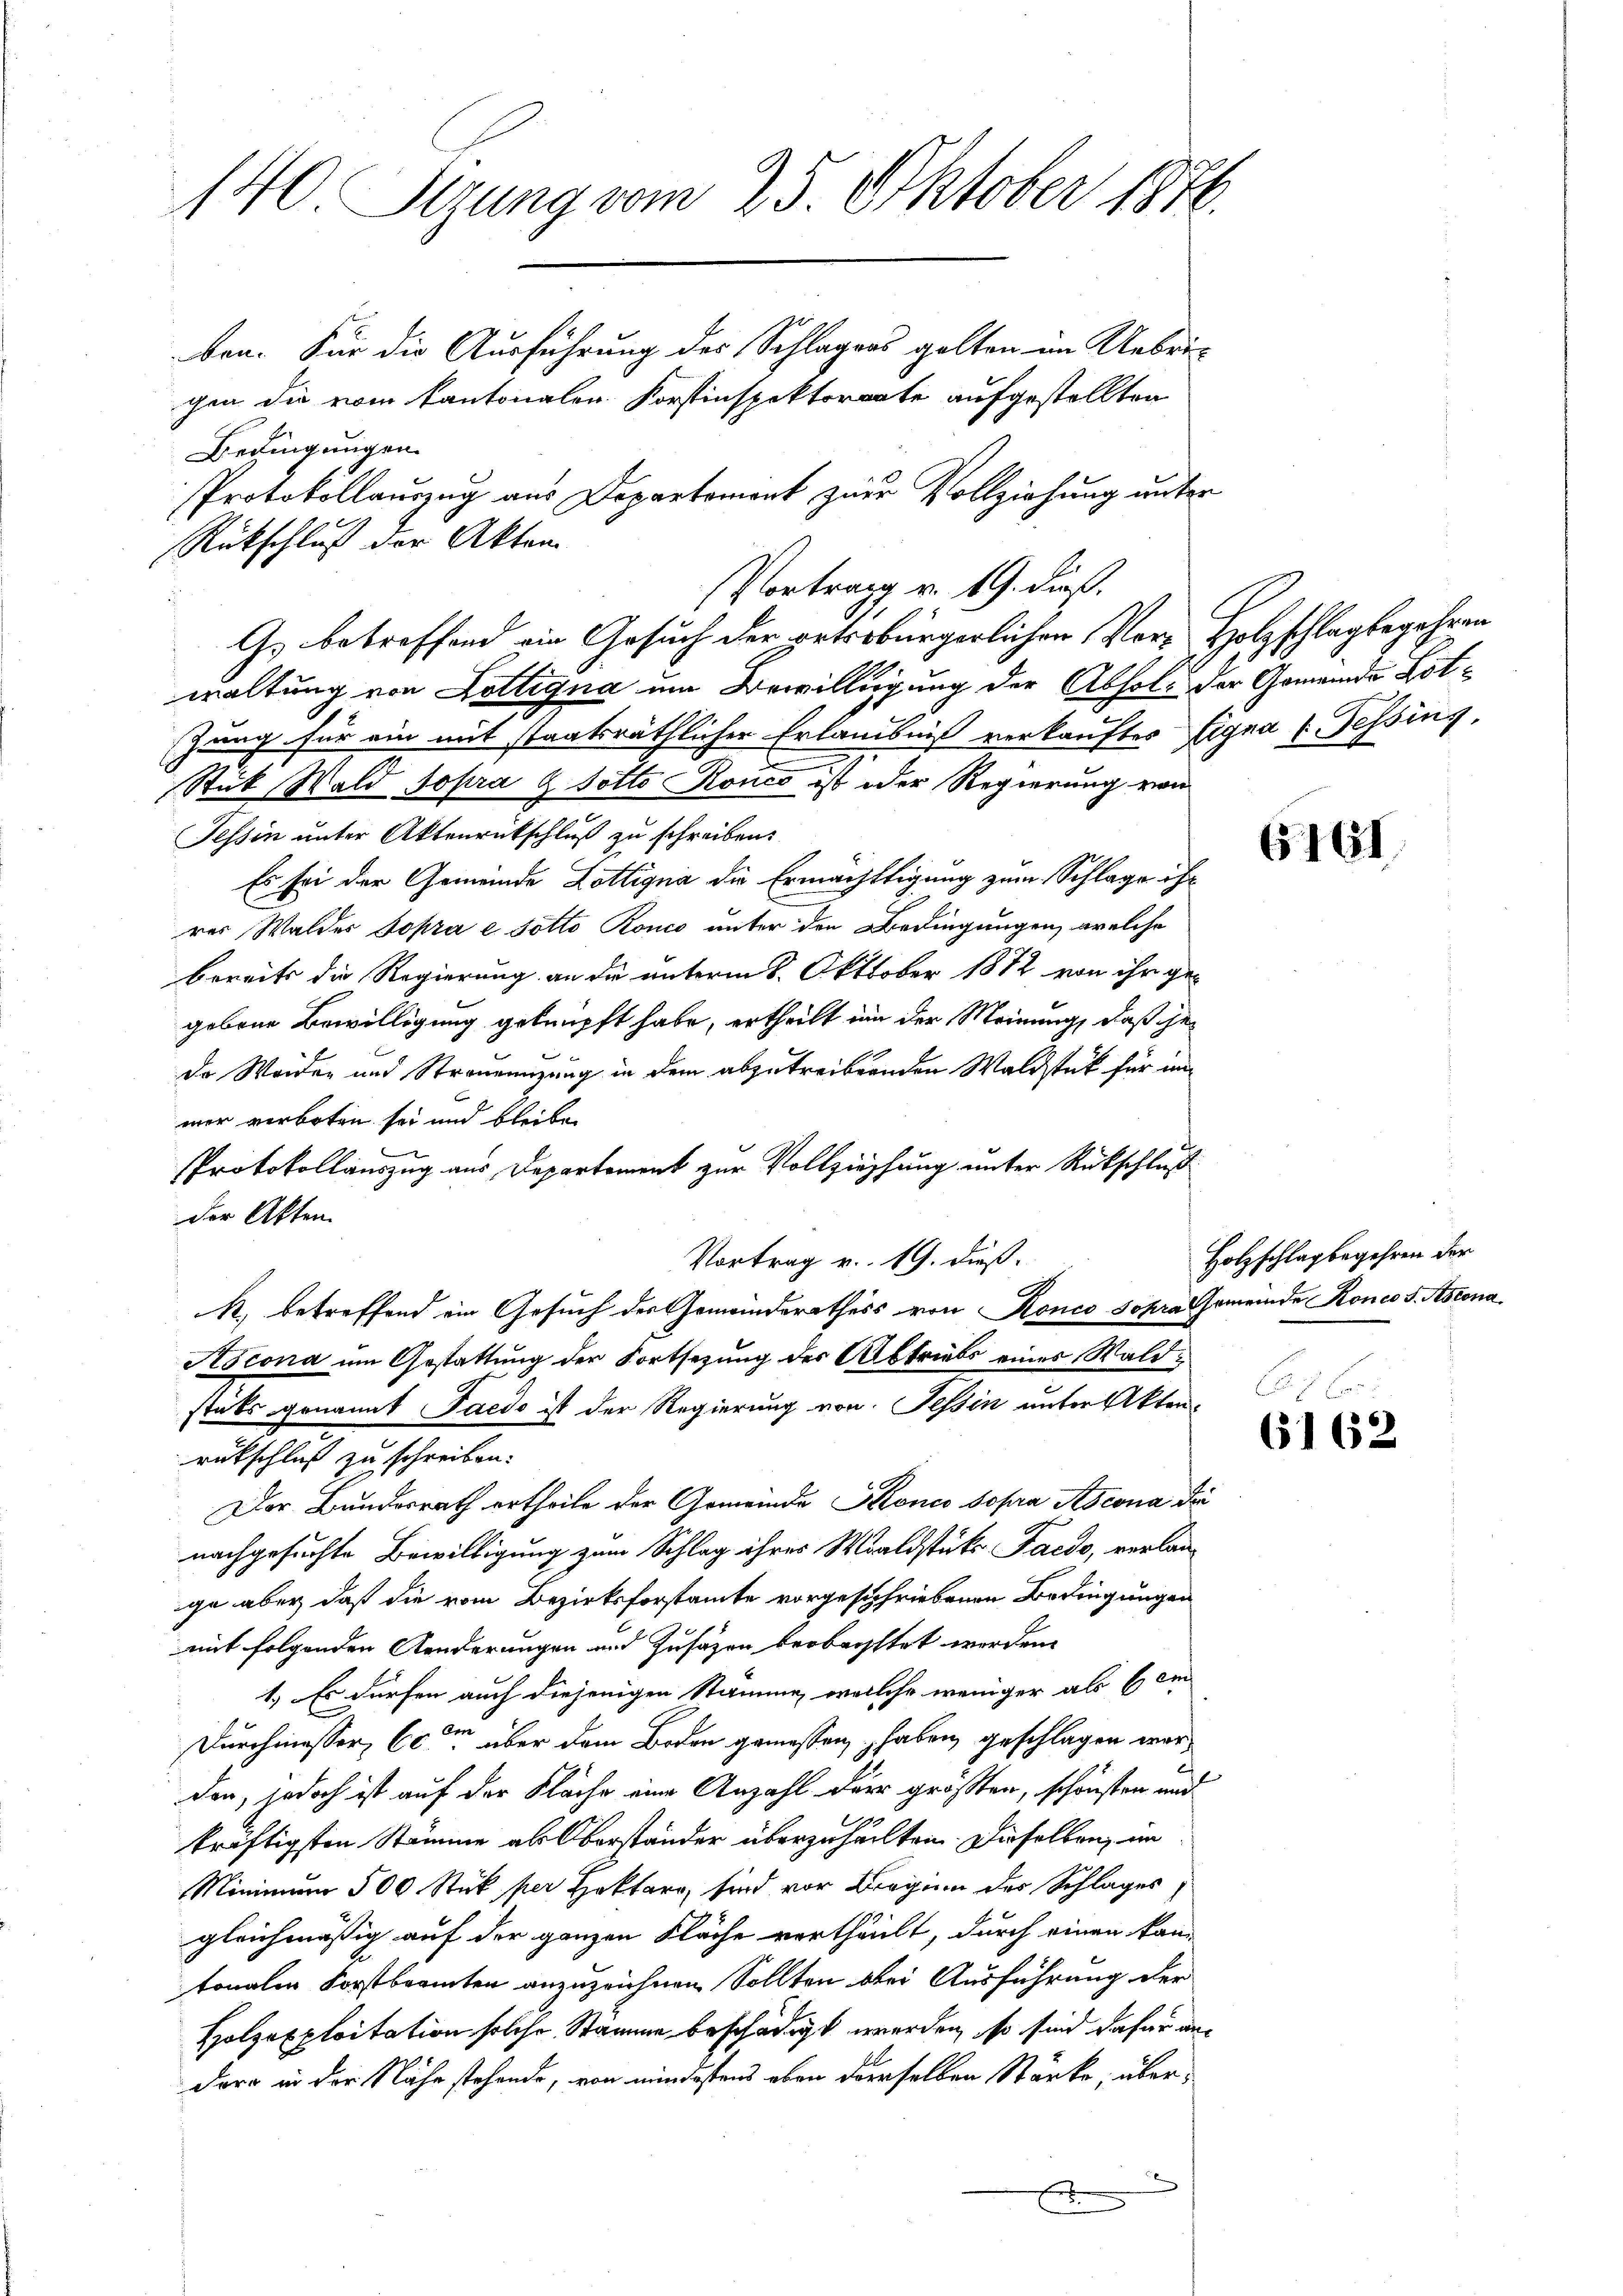
140 Sizung vom 25. Oktober 1870.
ben. Für die Ausführung des Schlagens gelten im Uebrigen die vom Kantonalen Forstinspektorente aufgestellten

Bedingungen.
Protokollauszug aus Departement zur Vollziehung unter
Rückschluß der Akten.
Vortrag v. 19. dieß.
Gs betreffend ein Gesuch der veterbürgerlichen Vor- Holzschlagbegehren
waltung von Hottigna um Bewilligung der Abholz der Gemeinde Lot¬
Zang für ein mit staatsräthlicher Erlaubniß verkauftes Eigna u. Tessing,
Stück Wald sopra & Potto Ronco ist oder Regierung von
Tessin unter Aktenrütschluß zu schreiben.
Es sei der Gemeinde Lottigna die Ermächtigung zum Schlage ihr
rer Walder Topra e sotto Ronco unter den Bedingungen, welche
bereits die Regierung an die unterm 8. Oktober 1872 von ihr gegebene Bewilligung geknüpft habe, ertheilt um der Meinung, daß geda Weiden und Strauenuzung in dem abzutreibenden Waldstück für im
mer verboten sei und bleiben
Protokollauszug aus Departement zur Vollziehung unter Rückschluß
der Akten.
Vortrag v. 19. dieß.
R. betreffend ein Gesuch der Gemeinderathess von Ronco sopra Gemeinde Ronco S. Ascena
Ascona um Gestattung der Fortsetzung des Abtriebs eines Waldstets genannt Paedo ist der Regierung von Tessin unter Akten-
rukschluß zu schreiben.
Der Bundesrath ertheile der Gemeinde Kroneo sopra Ascona die
nachgesuchte Bewilligung zum Schlag ihres Waldstüks Facdo, verlange aber, daß die vom Bezirksforstamte vorgeschriebenen Bedingungen
mit folgenden Aenderungen und Zusätzen beobachtet werden.
1.) Es dürfen auch diejenigen Stämme, welche weniger als bem
Durchmesser, Code über dem Boden gemessen, haben, geschlagen worden, jedoch ist auf der Fläche eine Anzahl der größten, schönsten und
kräftigsten Stämme als Oberständer überzuheilten. Dieselben, im
Minimum 500 Stück per Hoktarr, sind vor Beginn des Schlages,
gleichmäßig auf der ganzen Fläche vertheilt, durch einen kann
tonalen Forstbeamten anzuzeichnen Sollten bei Ausführung der
Holzexploitation solche Stamme beschädigt werden, so sind dafür andere in der Nähe stehende, von mindestens eben derselben Stärke, übers

6161

Holzschlag begehren der

6162